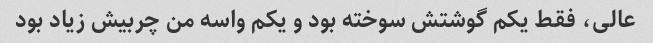
عالی، فقط یکم گوشتش سوخته بود و یکم واسه من چربیش زیاد بود